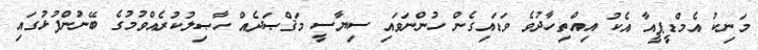
މަނިކު އެމްޑީޕީއާ އެކު އިއްތިހާދުވެ ވަޑައިގެން ހުންނަވައި ސިޔާސީ މަޤްޞަދެއް ހާޞިލުކުރެއްވުމުގެ ބޭނުންފުޅުގައި